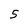
Character: 5